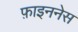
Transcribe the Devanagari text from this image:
फ़ाइननेस